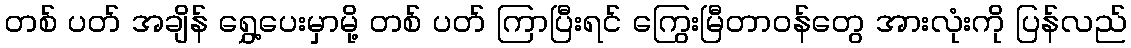
တစ် ပတ် အချိန် ရွှေ့ပေးမှာမို့ တစ် ပတ် ကြာပြီးရင် ကြွေးမြီတာဝန်တွေ အားလုံးကို ပြန်လည်